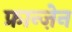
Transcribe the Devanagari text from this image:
फ्रान्ज़ेन